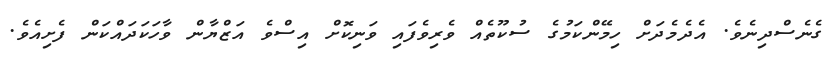
ގެނެސްދިނެވެ. އެދެމެދަށް ހިމޭންކަމުގެ ސުކޫތެއް ވެރިވެފައި ވަނިކޮށް އިސްވެ އަޒްޔާން ވާހަކަދައްކަން ފެށިއެވެ.